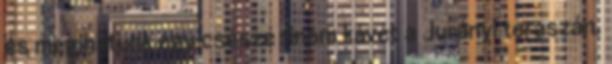
és megihatunk egy csésze finom kávét a Jurányi teraszán.